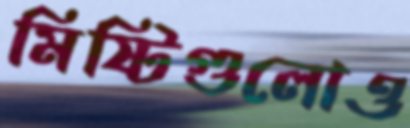
মিষ্টিগুলোও